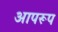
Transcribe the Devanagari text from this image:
आपरूप